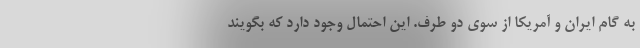
به گام ایران و آمریکا از سوی دو طرف. این احتمال وجود دارد که بگویند